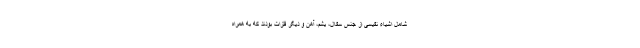
شامل اشیاء نفیسی از جنس سفال، یشم، آهن و دیگر فلزات بودند که به همراه